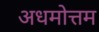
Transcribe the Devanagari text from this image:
अधमोत्तम